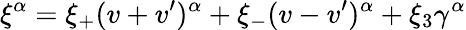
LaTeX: \xi^{\alpha}=\xi_{+}(v+v^{\prime})^{\alpha}+\xi_{-}(v-v^{\prime})^{\alpha}+\xi_{3}\gamma^{\alpha}